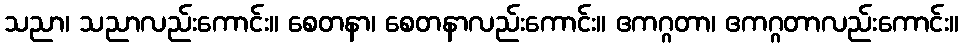
သညာ၊ သညာလည်းကောင်း။ စေတနာ၊ စေတနာလည်းကောင်း။ ဧကဂ္ဂတာ၊ ဧကဂ္ဂတာလည်းကောင်း။